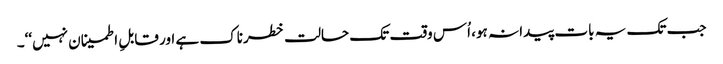
جب تک یہ بات پیدا نہ ہو، اُس وقت تک حالت خطرناک ہے اور قابلِ اطمینان نہیں‘‘۔